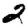
Digit: 2